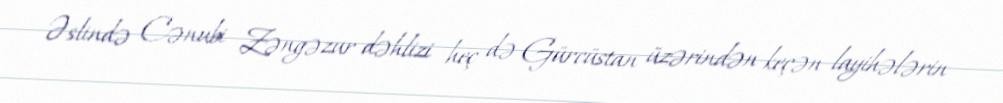
Əslində Cənubi Zəngəzur dəhlizi heç də Gürcüstan üzərindən keçən layihələrin